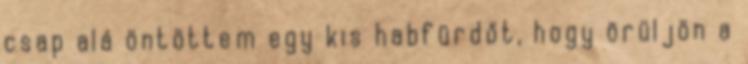
csap alá öntöttem egy kis habfürdőt, hogy örüljön a